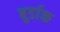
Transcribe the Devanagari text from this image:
बुर्डाक